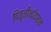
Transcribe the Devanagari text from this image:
पितृतीर्थावरून